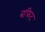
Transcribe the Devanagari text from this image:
बफिट